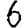
Digit: 6